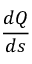
\frac { d Q } { d s }